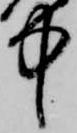
中